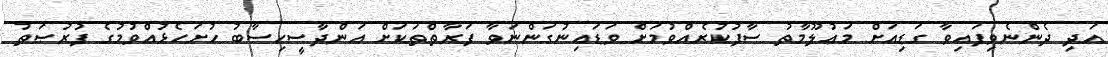
އަދި ދެންނެވިފައިވާ ގަޑިއަށް މަޢުލޫމާތު ސާފުކުރެއްވުމަށް ވަޑައިނުގަންނަވާ ފަރާތްތަކަށް އަންދާސީހިސާބު ހުށަހެޅުއްވުމުގެ ފުރުޞަތު